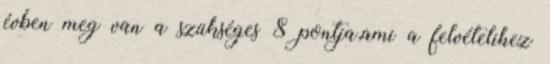
évben meg van a szükséges 8 pontja,ami a felvételihez